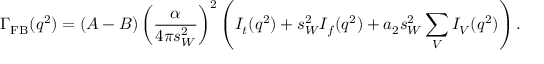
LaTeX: \displaystyle \Gamma _ { \mathrm { F B } } ( q ^ { 2 } ) = ( A - B ) \left( \frac \alpha { 4 \pi s _ { W } ^ { 2 } } \right) ^ { 2 } \left( I _ { t } ( q ^ { 2 } ) + s _ { W } ^ { 2 } I _ { f } ( q ^ { 2 } ) + a _ { 2 } s _ { W } ^ { 2 } \displaystyle \sum _ { V } I _ { V } ( q ^ { 2 } ) \right) .